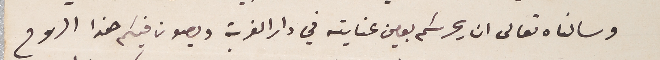
وسالناه تعالى ان يحرسكم بعين عنايته في دار الغربة ويصون فيكم هذا الروح